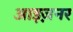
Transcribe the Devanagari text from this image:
आइज़नर